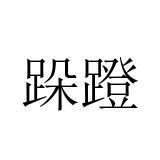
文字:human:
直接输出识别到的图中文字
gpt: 跺蹬